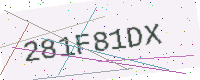
Text: 281F81DX